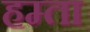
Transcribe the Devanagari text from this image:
हम्ता